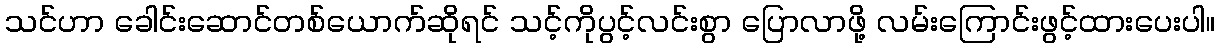
သင်ဟာ ခေါင်းဆောင်တစ်ယောက်ဆိုရင် သင့်ကိုပွင့်လင်းစွာ ပြောလာဖို့ လမ်းကြောင်းဖွင့်ထားပေးပါ။